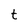
Character: t